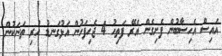
އައިސް އެހިސާބުން ފެށިގެން އެރޭ ފަތިހު 4 ޖެހިފަހުން އަޅުގަނޑު ހުރި ތަނަކުން